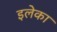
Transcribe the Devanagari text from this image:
इलेका